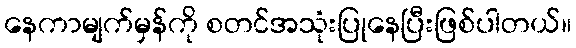
နေကာမျက်မှန်ကို စတင်အသုံးပြုနေပြီးဖြစ်ပါတယ်။